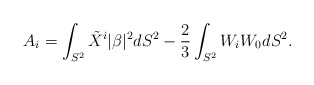
\begin{align*} A_i = \int _{S^2} \tilde X^i |\beta|^2 dS^2- \frac{2}{3}\int_{S^2} W_i W_0 dS^2.\end{align*}